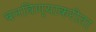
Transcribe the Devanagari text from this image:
बनविण्याकरीता